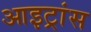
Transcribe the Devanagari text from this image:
आइट्रांस